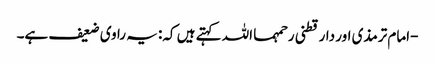
-امام ترمذی اور دارقطنی رحمہما اللہ کہتے ہیں کہ: یہ راوی ضعیف ہے۔